Report on the metropolitan horse fairs and district horse shows of 1892-93 - 1892-1893
Year: 1892
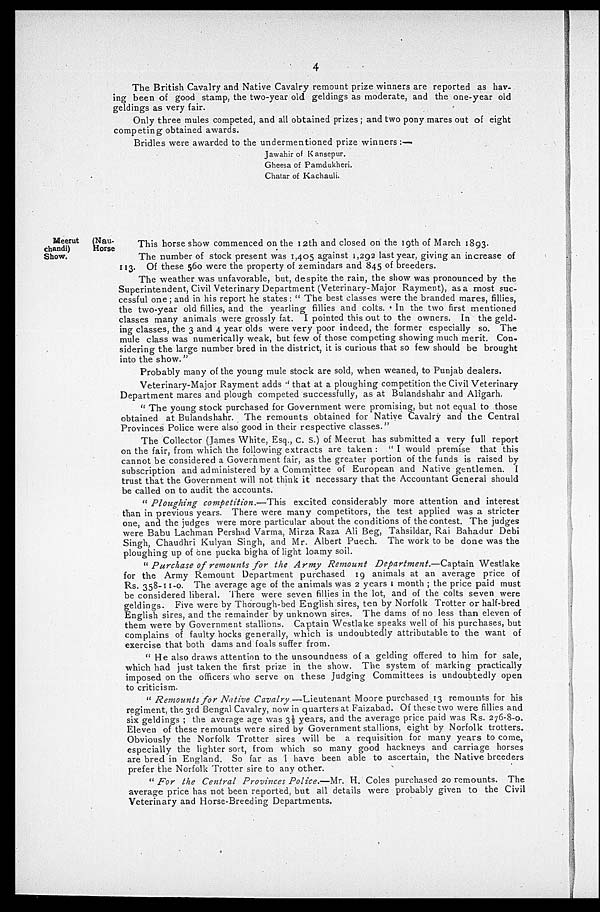
4
The British Cavalry and Native Cavalry remount prize winners are reported as hav-
ing been of good stamp, the two-year old geldings as moderate, and the one-year old
geldings as very fair.
Only three mules competed, and all obtained prizes; and two pony mares out of eight
competing obtained awards.
Bridles were awarded to the undermentioned prize winners :—
Jawahir of Kansepur.
Gheesa of Pamdukheri.
Chatar of Kachauli.
Meerut (Nau-
chandi)
Horse
Show.
This horse show commenced on the 12th and closed on the 19th of March 1893.
The number of stock present was 1,405 against 1,292 last year, giving an increase of
113. Of these 560 were the property of zemindars and 845 of breeders.
The weather was unfavorable, but, despite the rain, the show was pronounced by the
Superintendent, Civil Veterinary Department (Veterinary-Major Rayment), as a most suc-
cessful one; and in his report he states: " The best classes were the branded mares, fillies,
the two-year old fillies, and the yearling fillies and colts. In the two first mentioned
classes many animals were grossly fat. I pointed this out to the owners. In the geld-
ing classes, the 3 and 4 year olds were very poor indeed, the former especially so. The
mule class was numerically weak, but few of those competing showing much merit. Con-
sidering the large number bred in the district, it is curious that so few should be brought
into the show."
Probably many of the young mule stock are sold, when weaned, to Punjab dealers.
Veterinary-Major Rayment adds " that at a ploughing competition the Civil Veterinary
Department mares and plough competed successfully, as at Bulandshahr and Aligarh.
"The young stock purchased for Government were promising, but not equal to those
obtained at Bulandshahr. The remounts obtained for Native Cavalry and the Central
Provinces Police were also good in their respective classes."
The Collector (James White, Esq., C. S.) of Meerut has submitted a very full report
on the fair, from which the following extracts are taken: "I would premise that this
cannot be considered a Government fair, as the greater portion of the funds is raised by
subscription and administered by a Committee of European and Native gentlemen. I
trust that the Government will not think it necessary that the Accountant General should
be called on to audit the accounts.
" Ploughing competition.—This
excited considerably more attention and interest
than in previous years. There were many competitors, the test applied was a stricter
one, and the judges were more particular about the conditions of the contest. The judges
were Babu Lachman Pershad Varma, Mirza Raza Ali Beg, Tahsildar, Rai Bahadur Debi
Singh, Chaudhri Kulyan Singh, and Mr. Albert Puech. The work to be done was the
ploughing up of one pucka bigha of light loamy soil.
" Purchase of remounts for the Army Remount Department.—Captain
Westlake
for the Army Remount Department purchased 19 animals at an average price of
Rs. 358-11-0. The average age of the animals was 2 years 1 month; the price paid must
be considered liberal. There were seven fillies in the lot, and of the colts seven were
geldings. Five were by Thorough-bed English sires, ten by Norfolk Trotter or half-bred
English sires, and the remainder by unknown sires. The dams of no less than eleven of
them were by Government stallions. Captain Westlake speaks well of his purchases, but
complains of faulty hocks generally, which is undoubtedly attributable to the want of
exercise that both dams and foals suffer from.
" He also draws attention to the unsoundness of a gelding offered to him for sale,
which had just taken the first prize in the show. The system of marking practically
imposed on the officers who serve on these Judging Committees is undoubtedly open
to criticism.
" Remounts for Native Cavalry—Lieutenant
Moore purchased 13 remounts for his
regiment, the 3rd Bengal Cavalry, now in quarters at Faizabad. Of these two were fillies and
six geldings ; the average age was 3½ years, and the average price paid was Rs. 276-8-o.
Eleven of these remounts were sired by Government stallions, eight by Norfolk trotters.
Obviously the Norfolk Trotter sires will be a requisition for many years to come,
especially the lighter sort, from which so many good hackneys and carriage horses
are bred in England. So far as I have been able to ascertain, the Native breeders
prefer the Norfolk Trotter sire to any other.
" For the Central Provinces Police.—Mr. H. Coles purchased 20 remounts. The
average price has not been reported, but all details were probably given to the Civil
Veterinary and Horse-Breeding Departments.